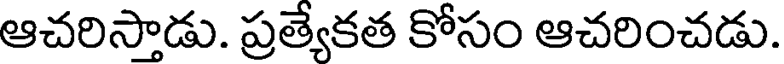
ఆచరిస్తాడు. ప్రత్యేకత కోసం ఆచరించడు.